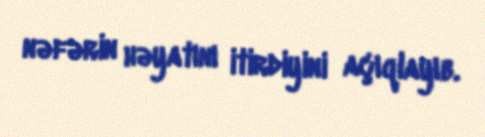
nəfərin həyatını itirdiyini açıqlayıb.